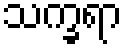
သက္ခရာ